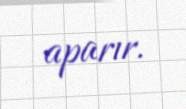
aparır.